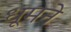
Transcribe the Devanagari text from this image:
धूमने